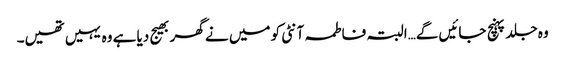
وہ جلد پہنچ جائیں گے…البتہ فاطمہ آنٹی کو میں نے گھر بھیج دیا ہے وہ یہیں تھیں۔